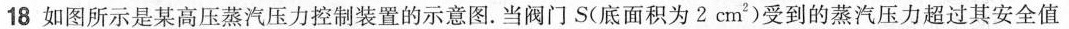
18 如图所示是某高压蒸汽压力控制装置的示意图.当阀门S(底面积为2cm^{2})受到的蒸汽压力超过其安全值